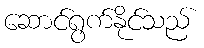
ဆောင်ရွက်နိုင်သည်